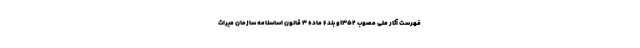
فهرست آثار ملی مصوب ۱۳۵۲و بند ۶ ماده ۳ قانون اساسنامه سازمان میراث